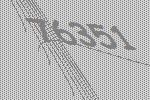
76351